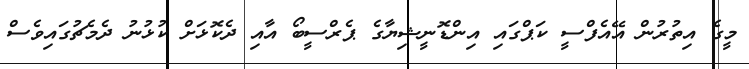
މީގެ އިތުރުން އޭއެފްސީ ކަޕްގައި އިންޑޮނީޝިޔާގެ ޕެރްސީބޯ އާއި ދެކޮޅަށް ކުޅުނު ދެމެޗުގައިވެސް